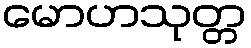
မောဟသုတ္တ